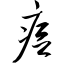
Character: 痘